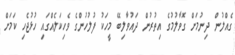
ގެއްލުން ދިނުމަށް ގޮވާލުމުގެ އިތުރުން ދައުވާލިބޭ މީހަކު ފުލުހުންގެ ވެހިކަލެއްގައި ހުޅުޖެހި ކަމަށް